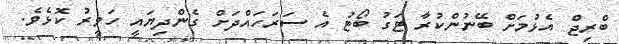
ބްރިޖް އެޅުމަށް ބޭނުންކުރާ ޓަގު ބޯޓު އެ ސަރަހައްދަށް ގެންދިޔައީ ހަވީރު ކޮޅެވެ.